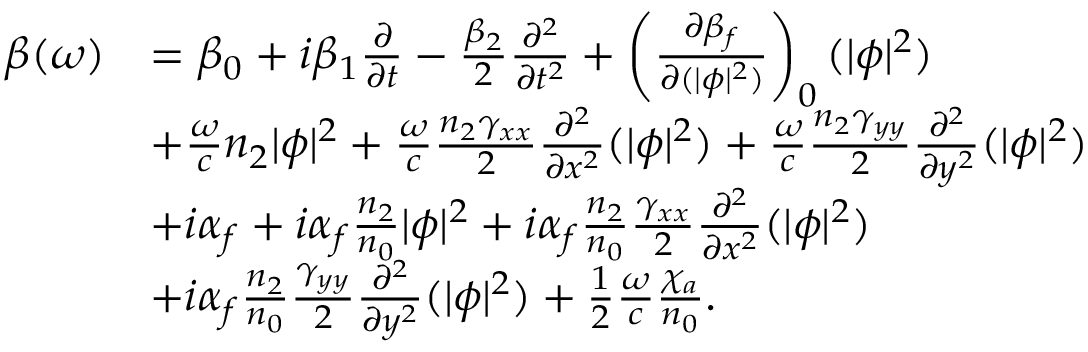
\begin{array} { r l } { \beta ( \omega ) } & { = \beta _ { 0 } + i \beta _ { 1 } \frac { \partial } { \partial t } - \frac { \beta _ { 2 } } { 2 } \frac { \partial ^ { 2 } } { \partial t ^ { 2 } } + \left( \frac { \partial \beta _ { f } } { \partial ( | \phi | ^ { 2 } ) } \right) _ { 0 } ( | \phi | ^ { 2 } ) } \\ & { + \frac { \omega } { c } n _ { 2 } | \phi | ^ { 2 } + \frac { \omega } { c } \frac { n _ { 2 } \gamma _ { x x } } { 2 } \frac { \partial ^ { 2 } } { \partial x ^ { 2 } } ( | \phi | ^ { 2 } ) + \frac { \omega } { c } \frac { n _ { 2 } \gamma _ { y y } } { 2 } \frac { \partial ^ { 2 } } { \partial y ^ { 2 } } ( | \phi | ^ { 2 } ) } \\ & { + i \alpha _ { f } + i \alpha _ { f } \frac { n _ { 2 } } { n _ { 0 } } | \phi | ^ { 2 } + i \alpha _ { f } \frac { n _ { 2 } } { n _ { 0 } } \frac { \gamma _ { x x } } { 2 } \frac { \partial ^ { 2 } } { \partial x ^ { 2 } } ( | \phi | ^ { 2 } ) } \\ & { + i \alpha _ { f } \frac { n _ { 2 } } { n _ { 0 } } \frac { \gamma _ { y y } } { 2 } \frac { \partial ^ { 2 } } { \partial y ^ { 2 } } ( | \phi | ^ { 2 } ) + \frac { 1 } { 2 } \frac { \omega } { c } \frac { \chi _ { a } } { n _ { 0 } } . } \end{array}